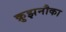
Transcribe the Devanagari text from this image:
क्रुझनौका